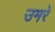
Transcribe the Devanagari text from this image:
उमरे